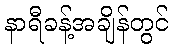
နာရီခန့်အချိန်တွင်